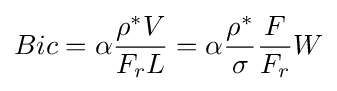
Bic=\alpha {\frac {\rho ^{*}V}{F_{r}L}}=\alpha {\frac {\rho ^{*}}{\sigma }}{\frac {F}{F_{r}}}W